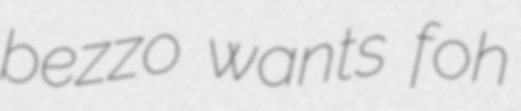
bezzo wants foh